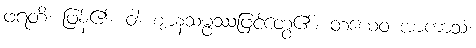
ဖရတိ၊ ဖြန့်၏။ ဝါ၊ ဈာနသမ္ဖဿဖြင့်တွေ့၏။ တံယေဝ အာကာသံ၊